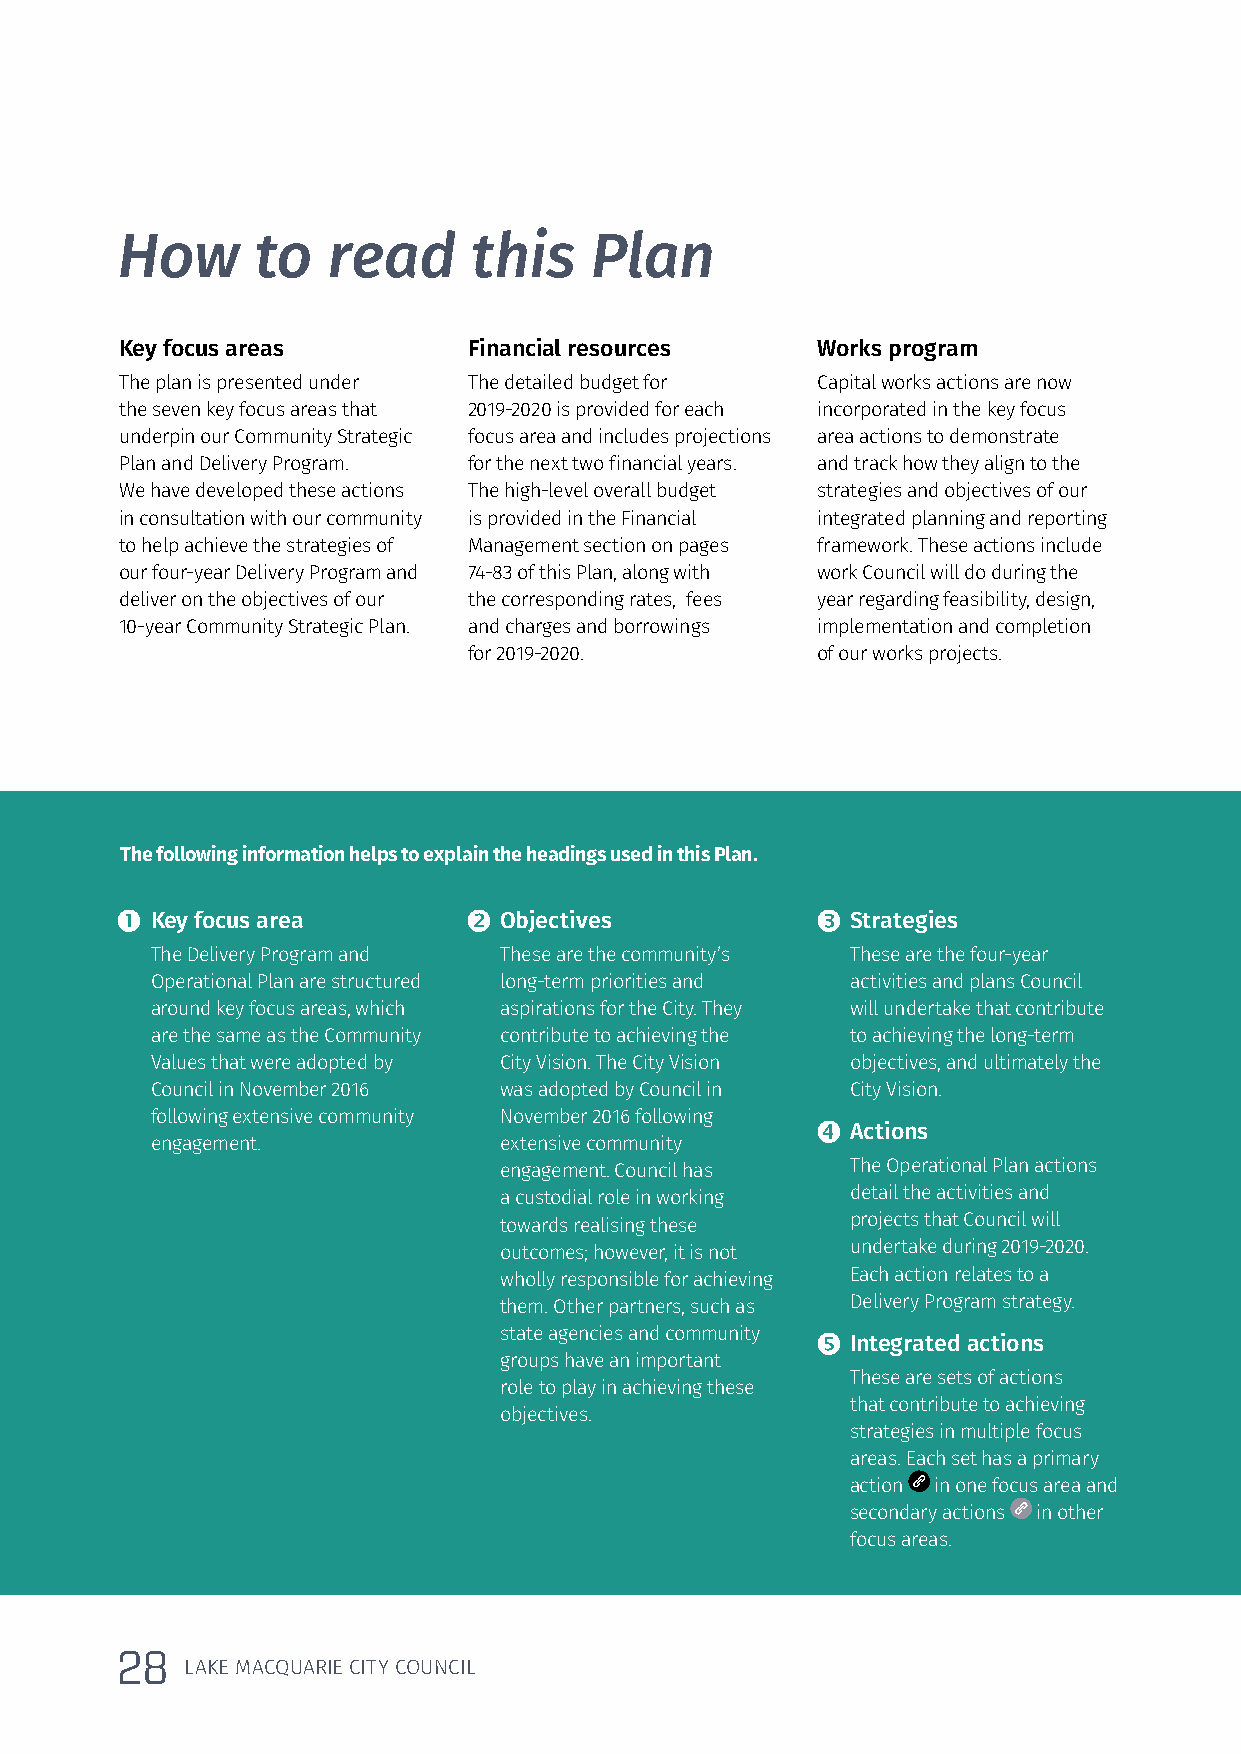
How      to   read     this    Plan
 Key focus areas        Financial resources    Works program
 The plan is presented under The detailed budget for Capital works actions are now
 the seven key focus areas that 2019-2020 is provided for each incorporated in the key focus
 underpin our Community Strategic focus area and includes projections area actions to demonstrate
 Plan and Delivery Program. for the next two financial years. and track how they align to the
 We have developed these actions The high-level overall budget strategies and objectives of our
 in consultation with our community is provided in the Financial integrated planning and reporting
 to help achieve the strategies of Management section on pages framework. These actions include
 our four-year Delivery Program and 74-83 of this Plan, along with work Council will do during the
 deliver on the objectives of our the corresponding rates, fees year regarding feasibility, design,
 10-year Community Strategic Plan. and charges and borrowings implementation and completion
 for 2019-2020.         of our works projects.
 The following information helps to explain the headings used in this Plan.
  Key focus area        Objectives            Strategies
 The Delivery Program and These are the community’s These are the four-year
 Operational Plan are structured long-term priorities and activities and plans Council
 around key focus areas, which aspirations for the City. They will undertake that contribute
 are the same as the Community contribute to achieving the to achieving the long-term
 Values that were adopted by City Vision. The City Vision objectives, and ultimately the
 Council in November 2016 was adopted by Council in City Vision.
 following extensive community November 2016 following
  Actions
 engagement.            extensive community
 engagement. Council has The Operational Plan actions
 a custodial role in working detail the activities and
 towards realising these projects that Council will
 outcomes; however, it is not undertake during 2019-2020.
 wholly responsible for achieving Each action relates to a
 them. Other partners, such as Delivery Program strategy.
 state agencies and community  Integrated actions
 groups have an important
 These are sets of actions
 role to play in achieving these
 that contribute to achieving
 objectives.
 strategies in multiple focus
 areas. Each set has a primary
 action in one focus area and
 secondary actions in other
 focus areas.
 28
 LAKE MACQUARIE CITY COUNCIL